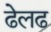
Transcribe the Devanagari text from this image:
ढेलढ